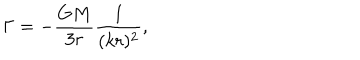
LaTeX: \Gamma = - { \frac { G M } { 3 r } } { \frac { 1 } { ( k r ) ^ { 2 } } } ,